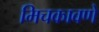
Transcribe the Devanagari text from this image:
मिचकावणे